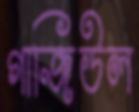
গাজিউল